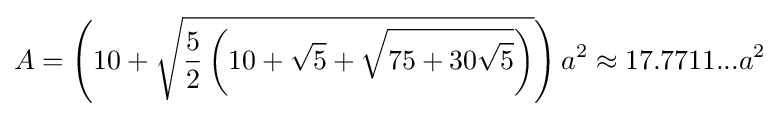
A=\left(10+{\sqrt {{\frac {5}{2}}\left(10+{\sqrt {5}}+{\sqrt {75+30{\sqrt {5}}}}\right)}}\right)a^{2}\approx 17.7711...a^{2}